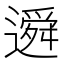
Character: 䢬